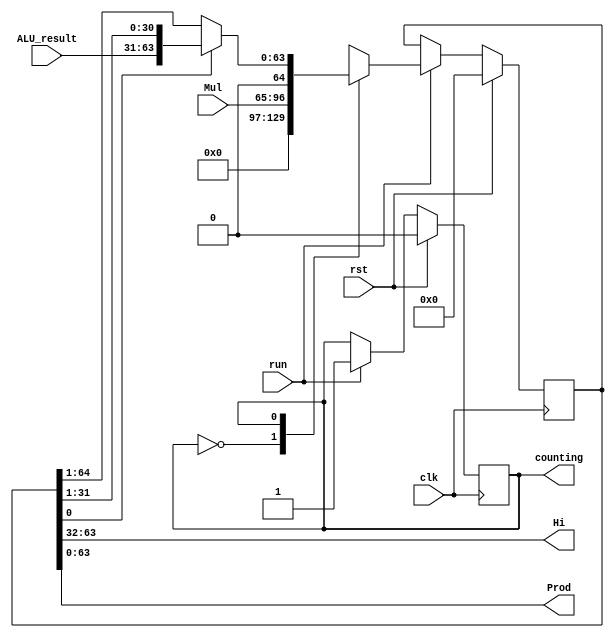
module Product (
    input clk,
    input rst,
    input run,
    input [31:0] Mul,
    input [32:0] ALU_result,
    output [31:0] Hi,
    output [63:0] Prod,
    output counting
);
    reg state;
    reg [64:0] product;

    assign Hi = product[63:32];
    assign Prod = product[63:0];
    assign counting = state;

    always @(posedge clk) begin
        if (rst) begin
            state <= 0;
            product <= 0;
        end
        else if (run) begin
            case (state)
                0: begin    // init state: Load Mul into product
                    product <= {33'b0, Mul};
                    state <= 1;
                end
                1: begin    // run state: Multiply
                    if (product[0]) begin
                        product <= {1'b0, ALU_result, product[31:1]};
                    end
                    else begin
                        product <= {1'b0, product[64:1]};
                    end
                    state <= 1;
                end
            endcase
        end
    end

endmodule